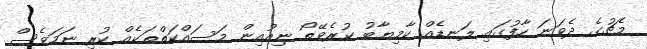
މެޗުގެ ދެވަނަ ހާފުގައި ލަނޑެއް ކާމިޔާބު ކުރެވޭތޯ ނިއުއިން މަސައްކަތްތަކެއް ކުރި ނަމަވެސް